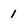
Character: 1